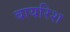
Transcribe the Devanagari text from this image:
बायरिश